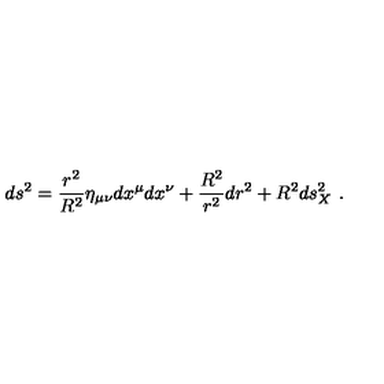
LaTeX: d s ^ { 2 } = \frac { r ^ { 2 } } { R ^ { 2 } } \eta _ { \mu \nu } d x ^ { \mu } d x ^ { \nu } + \frac { R ^ { 2 } } { r ^ { 2 } } d r ^ { 2 } + R ^ { 2 } d s _ { X } ^ { 2 } \ .